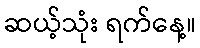
ဆယ့်သုံး ရက်နေ့။